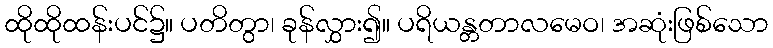
ထိုထိုထန်းပင်၌။ ပတိတွာ၊ ခုန်လွှား၍။ ပရိယန္တတာလမေဝ၊ အဆုံးဖြစ်သော